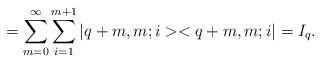
\begin{align*}=\sum_{m=0}^\infty \sum_{i=1}^{m+1}|q+m,m;i><q+m,m;i|=I_q.\end{align*}